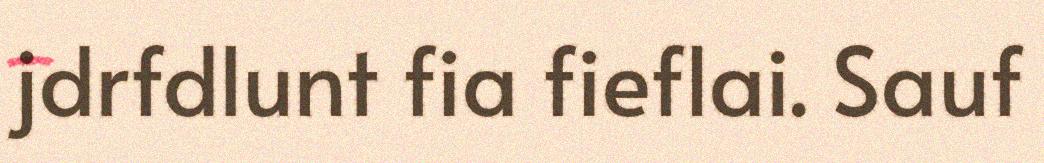
jdrfdlunt fia fieflai. Sauf